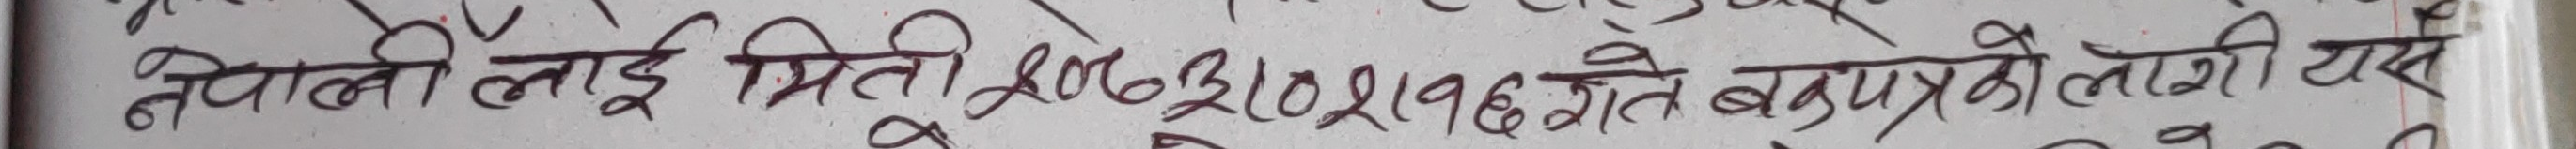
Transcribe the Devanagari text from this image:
नेपाली लाई मिति २०७२।१०।१९गते बगाएको लगि यस